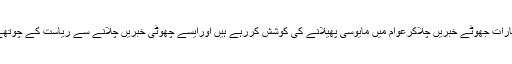
انہوں نے کہا کہ چند میڈیا ہاوسز اور اخبارات جھوٹے خبریں چلاکرعوام میں مایوسی پھیلانے کی کوشش کررہے ہیں اورایسے چھوٹی خبریں چلانے سے ریاست کے چوتھے ستون سے عوام کا اعتبار اٹھ چکا ہے ۔